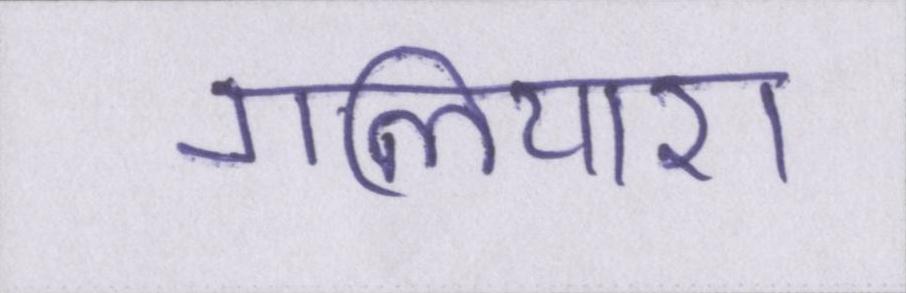
गलियारा